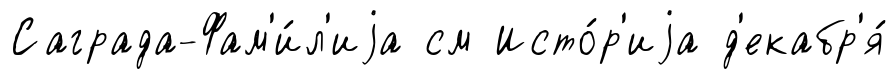
Саграда-Фам'и́л'иjа см Исто́р'иjа д'екабр'я́